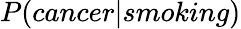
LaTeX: P(cancer|smoking)